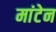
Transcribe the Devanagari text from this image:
मांटेन